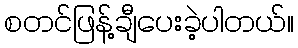
စတင်ဖြန့်ချီပေးခဲ့ပါတယ်။